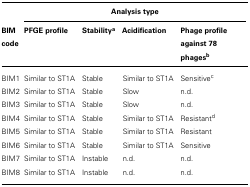
<table><thead><tr><td></td><td colspan="4"><b>Analysis type</b></td></tr><tr><td><b>BIM code</b></td><td><b>PFGE profile</b></td><td><b>Stability<sup>a</sup></b></td><td><b>Acidification</b></td><td><b>Phage profile against 78 phages<sup>b</sup></b></td></tr></thead><tbody><tr><td>BIM1</td><td>Similar to ST1A</td><td>Stable</td><td>Similar to ST1A</td><td>Sensitive<sup>c</sup></td></tr><tr><td>BIM2</td><td>Similar to ST1A</td><td>Stable</td><td>Slow</td><td>n.d.</td></tr><tr><td>BIM3</td><td>Similar to ST1A</td><td>Stable</td><td>Slow</td><td>n.d.</td></tr><tr><td>BIM4</td><td>Similar to ST1A</td><td>Stable</td><td>Similar to ST1A</td><td>Resistant<sup>d</sup></td></tr><tr><td>BIM5</td><td>Similar to ST1A</td><td>Stable</td><td>Similar to ST1A</td><td>Resistant</td></tr><tr><td>BIM6</td><td>Similar to ST1A</td><td>Stable</td><td>Similar to ST1A</td><td>Sensitive</td></tr><tr><td>BIM7</td><td>Similar to ST1A</td><td>Instable</td><td>n.d.</td><td>n.d.</td></tr><tr><td>BIM8</td><td>Similar to ST1A</td><td>Instable</td><td>n.d.</td><td>n.d.</td></tr></tbody></table>